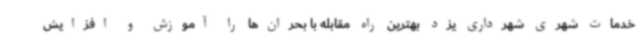
خدمات شهری شهرداری یزد بهترین راه مقابله با بحران‌ها را آموزش و افزایش